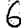
Digit: 6